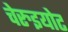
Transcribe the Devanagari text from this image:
चेरुइयोट